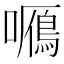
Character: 𡃌